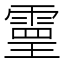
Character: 𩄇